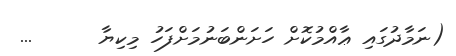
(ނަމާދުގައި ޢާއްމުކޮށް ހަށަންބަނުމަށްފަހު މިކިޔާ      ...